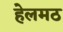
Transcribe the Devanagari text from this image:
हेलमठ